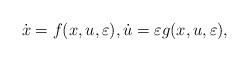
LaTeX: \begin{align*}\dot{x} = f(x,u,\varepsilon), \dot{u} = \varepsilon g(x,u,\varepsilon),\end{align*}